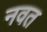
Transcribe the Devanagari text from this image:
नवत